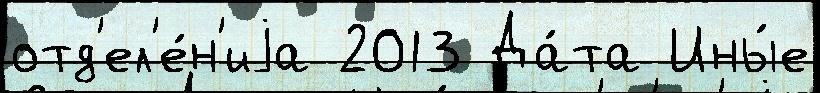
отд'ел'е́н'иjа 2013 Да́та Ины́е